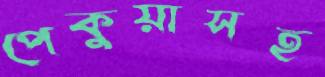
পেকুয়াসহ